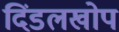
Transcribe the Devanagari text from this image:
दिंडलखोप